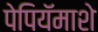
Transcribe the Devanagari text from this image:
पेपियॅमाशे